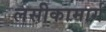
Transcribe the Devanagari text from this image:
लसीकामार्ग